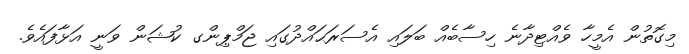
މިގޮތުން އެމީހާ ވެއްޓިދާނެ ހިސާބެއް ބަލައި އެސަރަޙައްދުގައި ޖަމްޕިންގ ކުޝަން ވަނީ އަޅާފައެވެ.